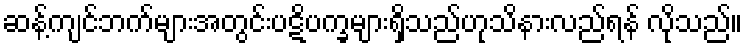
ဆန့်ကျင်ဘက်များအတွင်းပဋိပက္ခများရှိသည်ဟုသိနားလည်ရန် လိုသည်။